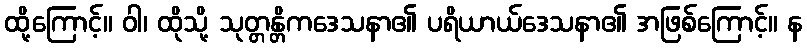
ထို့ကြောင့်။ ဝါ၊ ထိုသို့ သုတ္တန္တိကဒေသနာ၏ ပရိယာယ်ဒေသနာ၏ အဖြစ်ကြောင့်။ န